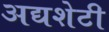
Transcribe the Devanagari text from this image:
अद्यशेटी